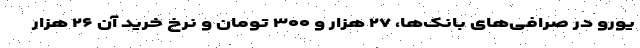
یورو در صرافی‌های بانک‌ها، ۲۷ هزار و ۳۰۰ تومان و نرخ خرید آن ۲۶ هزار